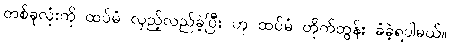
တစ်ခုလုံးကို ထပ်မံ လှည့်လည်ခဲ့ပြီး ဟု ထပ်မံ တိုက်တွန်း ခံခဲ့ရပါမယ်။